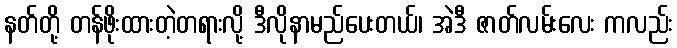
နတ်တို့ တန်ဖိုးထားတဲ့တရားလို့ ဒီလိုနာမည်ပေးတယ်၊ အဲဒီ ဇာတ်လမ်းလေး ကလည်း